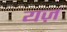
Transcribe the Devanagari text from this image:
यज़